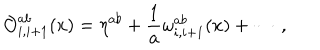
LaTeX: { \cal O } _ { i , i + 1 } ^ { a b } ( x ) = \eta ^ { a b } + \frac { 1 } { a } \omega _ { i , i + 1 } ^ { a b } ( x ) + \cdots \, ,